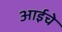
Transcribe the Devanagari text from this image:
अाईचे